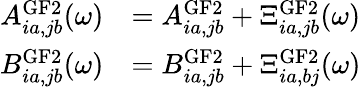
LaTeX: \begin{array}{rl}{A_{ia,jb}^{\mathrm{GF}2}(\omega)}&{=A_{ia,jb}^{\mathrm{GF}2}+\Xi_{ia,jb}^{\mathrm{GF}2}(\omega)}\\ {B_{ia,jb}^{\mathrm{GF}2}(\omega)}&{=B_{ia,jb}^{\mathrm{GF}2}+\Xi_{ia,bj}^{\mathrm{GF}2}(\omega)}\end{array}